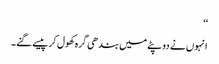
‘‘
انہوں نے دوپٹے میں بندھی گرہ کھول کر پیسے گنے۔